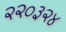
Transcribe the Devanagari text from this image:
२२०३२४